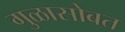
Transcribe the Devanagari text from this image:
गुळासोबत